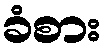
ခံစား